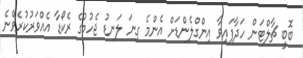
ބޮބީ ޗާލްޓަން ހަދާފައިވާ އިންގްލެންޑަށް އެންމެ ގިނަ ލަނޑު ޖެހުމުގެ ރެކޯޑާ އެއްވަރުކުރެވޭނެ